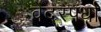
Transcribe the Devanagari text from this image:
वेदस्पर्धा